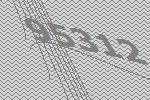
95312